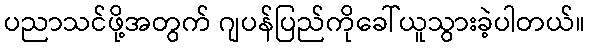
ပညာသင်ဖို့အတွက် ဂျပန်ပြည်ကိုခေါ်ယူသွားခဲ့ပါတယ်။